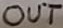
Text: OUT